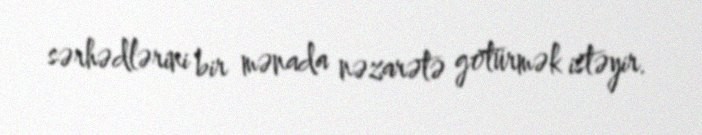
sərhədlərini bir mənada nəzarətə götürmək istəyir.